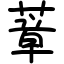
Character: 蔁